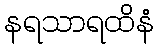
နရသာရထိနံ